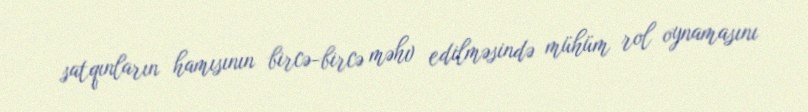
satqınların hamısının bircə-bircə məhv edilməsində mühüm rol oynamasını